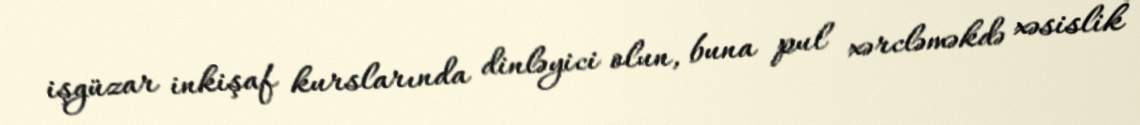
işgüzar inkişaf kurslarında dinləyici olun, buna pul xərcləməkdə xəsislik